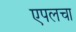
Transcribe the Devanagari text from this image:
एपलचा